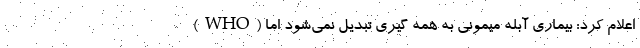
(WHO) اعلام کرد: بیماری آبله میمونی به همه گیری تبدیل نمی‌شود اما